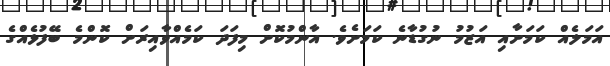
އަމަލެއް ކަމަށާއި އަޒުމު ނުގުޑާނެ ކަމަށެވެ. އާންމުކޮށް މިފަދަ ކަމެއްވާއިރަށް ކޮންމެ ބޭފުޅެއްގެ